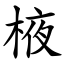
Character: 棭